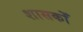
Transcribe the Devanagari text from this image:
शासकोँ